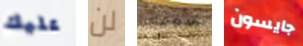
عليك لن سوف جايسون